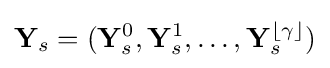
\mathbf {Y} _{s}=(\mathbf {Y} _{s}^{0},\mathbf {Y} _{s}^{1},\ldots ,\mathbf {Y} _{s}^{\lfloor \gamma \rfloor })